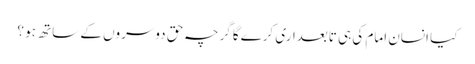
کیا انسان امام کی ہی تابعداری کرےگا گرچہ حق دوسروں کے ساتھ ہو ؟